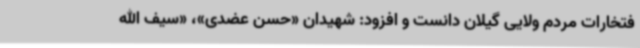
فتخارات مردم ولایی گیلان دانست و افزود: شهیدان «حسن عضدی»، «سیف الله